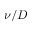
\nu / D